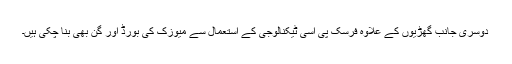
دوسری جانب گھڑیوں کے علاوہ فرسک پی اسی ٹیکنالوجی کے استعمال سے میوزک کی بورڈ اور گن بھی بنا چکی ہیں۔